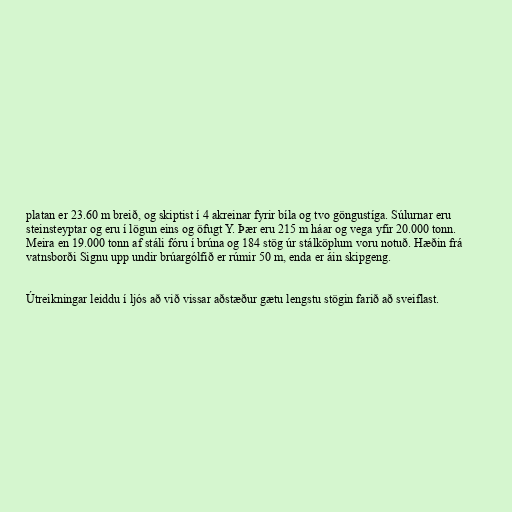
platan er 23.60 m breið, og skiptist í 4 akreinar fyrir bíla og tvo göngustíga. Súlurnar eru
steinsteyptar og eru í lögun eins og öfugt Y. Þær eru 215 m háar og vega yfir 20.000 tonn.
Meira en 19.000 tonn af stáli fóru í brúna og 184 stög úr stálköplum voru notuð. Hæðin frá
vatnsborði Signu upp undir brúargólfið er rúmir 50 m, enda er áin skipgeng.

Útreikningar leiddu í ljós að við vissar aðstæður gætu lengstu stögin farið að sveiflast.